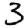
Digit: 3